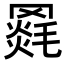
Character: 𦌓